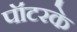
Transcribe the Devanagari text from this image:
पॉटरके